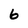
Character: 6